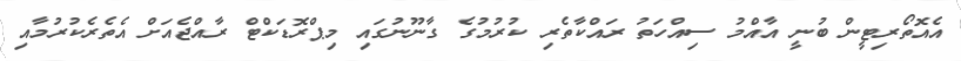
އެއޮތޯރިޓީން ބުނީ އާއްމު ސިއްހަތު ރައްކާތެރި ކުރުމުގެ ގާނޫނުގައި މިޕްރޮޑަކްޓް ރާއްޖެއަށް އެތެރެކުރުމާއި